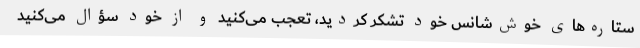
ستاره‌های خوش‌شانس خود تشکر کردید، تعجب می‌کنید و از خود سؤال می‌کنید